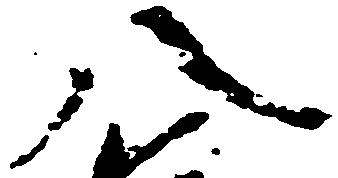
八